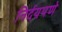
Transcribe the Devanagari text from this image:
निर्दयपणे